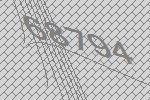
68794